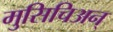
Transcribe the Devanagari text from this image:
मुसिचिअन्